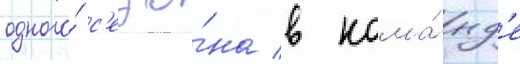
одного́ с'езо́на в кома́нд'е